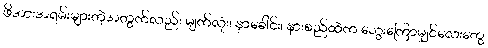
ဖိအားအရမ်းများတဲ့အတွက်လည်း မျက်လုံး၊ နှာခေါင်း၊ နားစည်ထဲက သွေးကြောမျှင်လေးတွေ